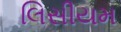
લિસીયમ